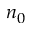
n _ { 0 }